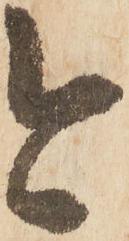
今